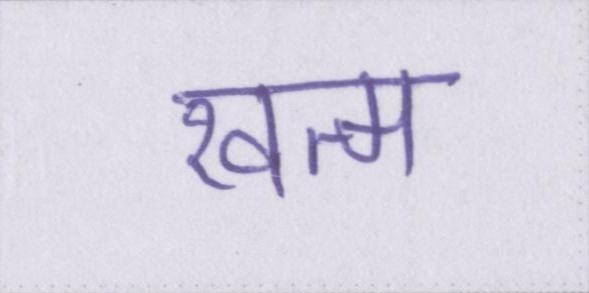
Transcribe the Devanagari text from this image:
खत्म